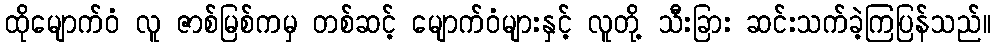
ထိုမျောက်ဝံ လူ ဇာစ်မြစ်ကမှ တစ်ဆင့် မျောက်ဝံများနှင့် လူတို့ သီးခြား ဆင်းသက်ခဲ့ကြပြန်သည်။